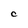
Character: C